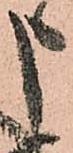
申